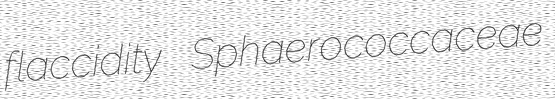
flaccidity Sphaerococcaceae